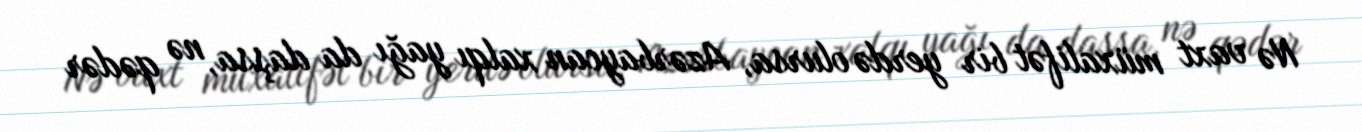
Nə vaxt müxalifət bir yerdə olursa, Azərbaycan xalqı yağı da daşsa, nə qədər